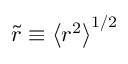
\tilde { r } \equiv \left\langle { r ^ { 2 } } \right\rangle ^ { 1 / 2 }